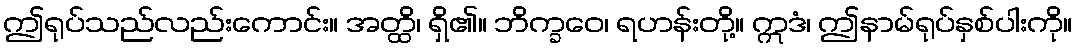
ဤရုပ်သည်လည်းကောင်း။ အတ္ထိ၊ ရှိ၏။ ဘိက္ခဝေ၊ ရဟန်းတို့။ ဣဒံ၊ ဤနာမ်ရုပ်နှစ်ပါးကို။